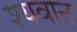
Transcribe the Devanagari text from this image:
श्यवान